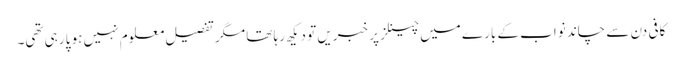
کافی دن سے چاند نواب کے بارے میں چینلز پر خبریں تو دیکھ رہا تھا مگر تفصیل معلوم نہیں ہو پا رہی تھی۔